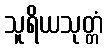
သူရိယသုတ္တံ